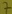
Text: 7